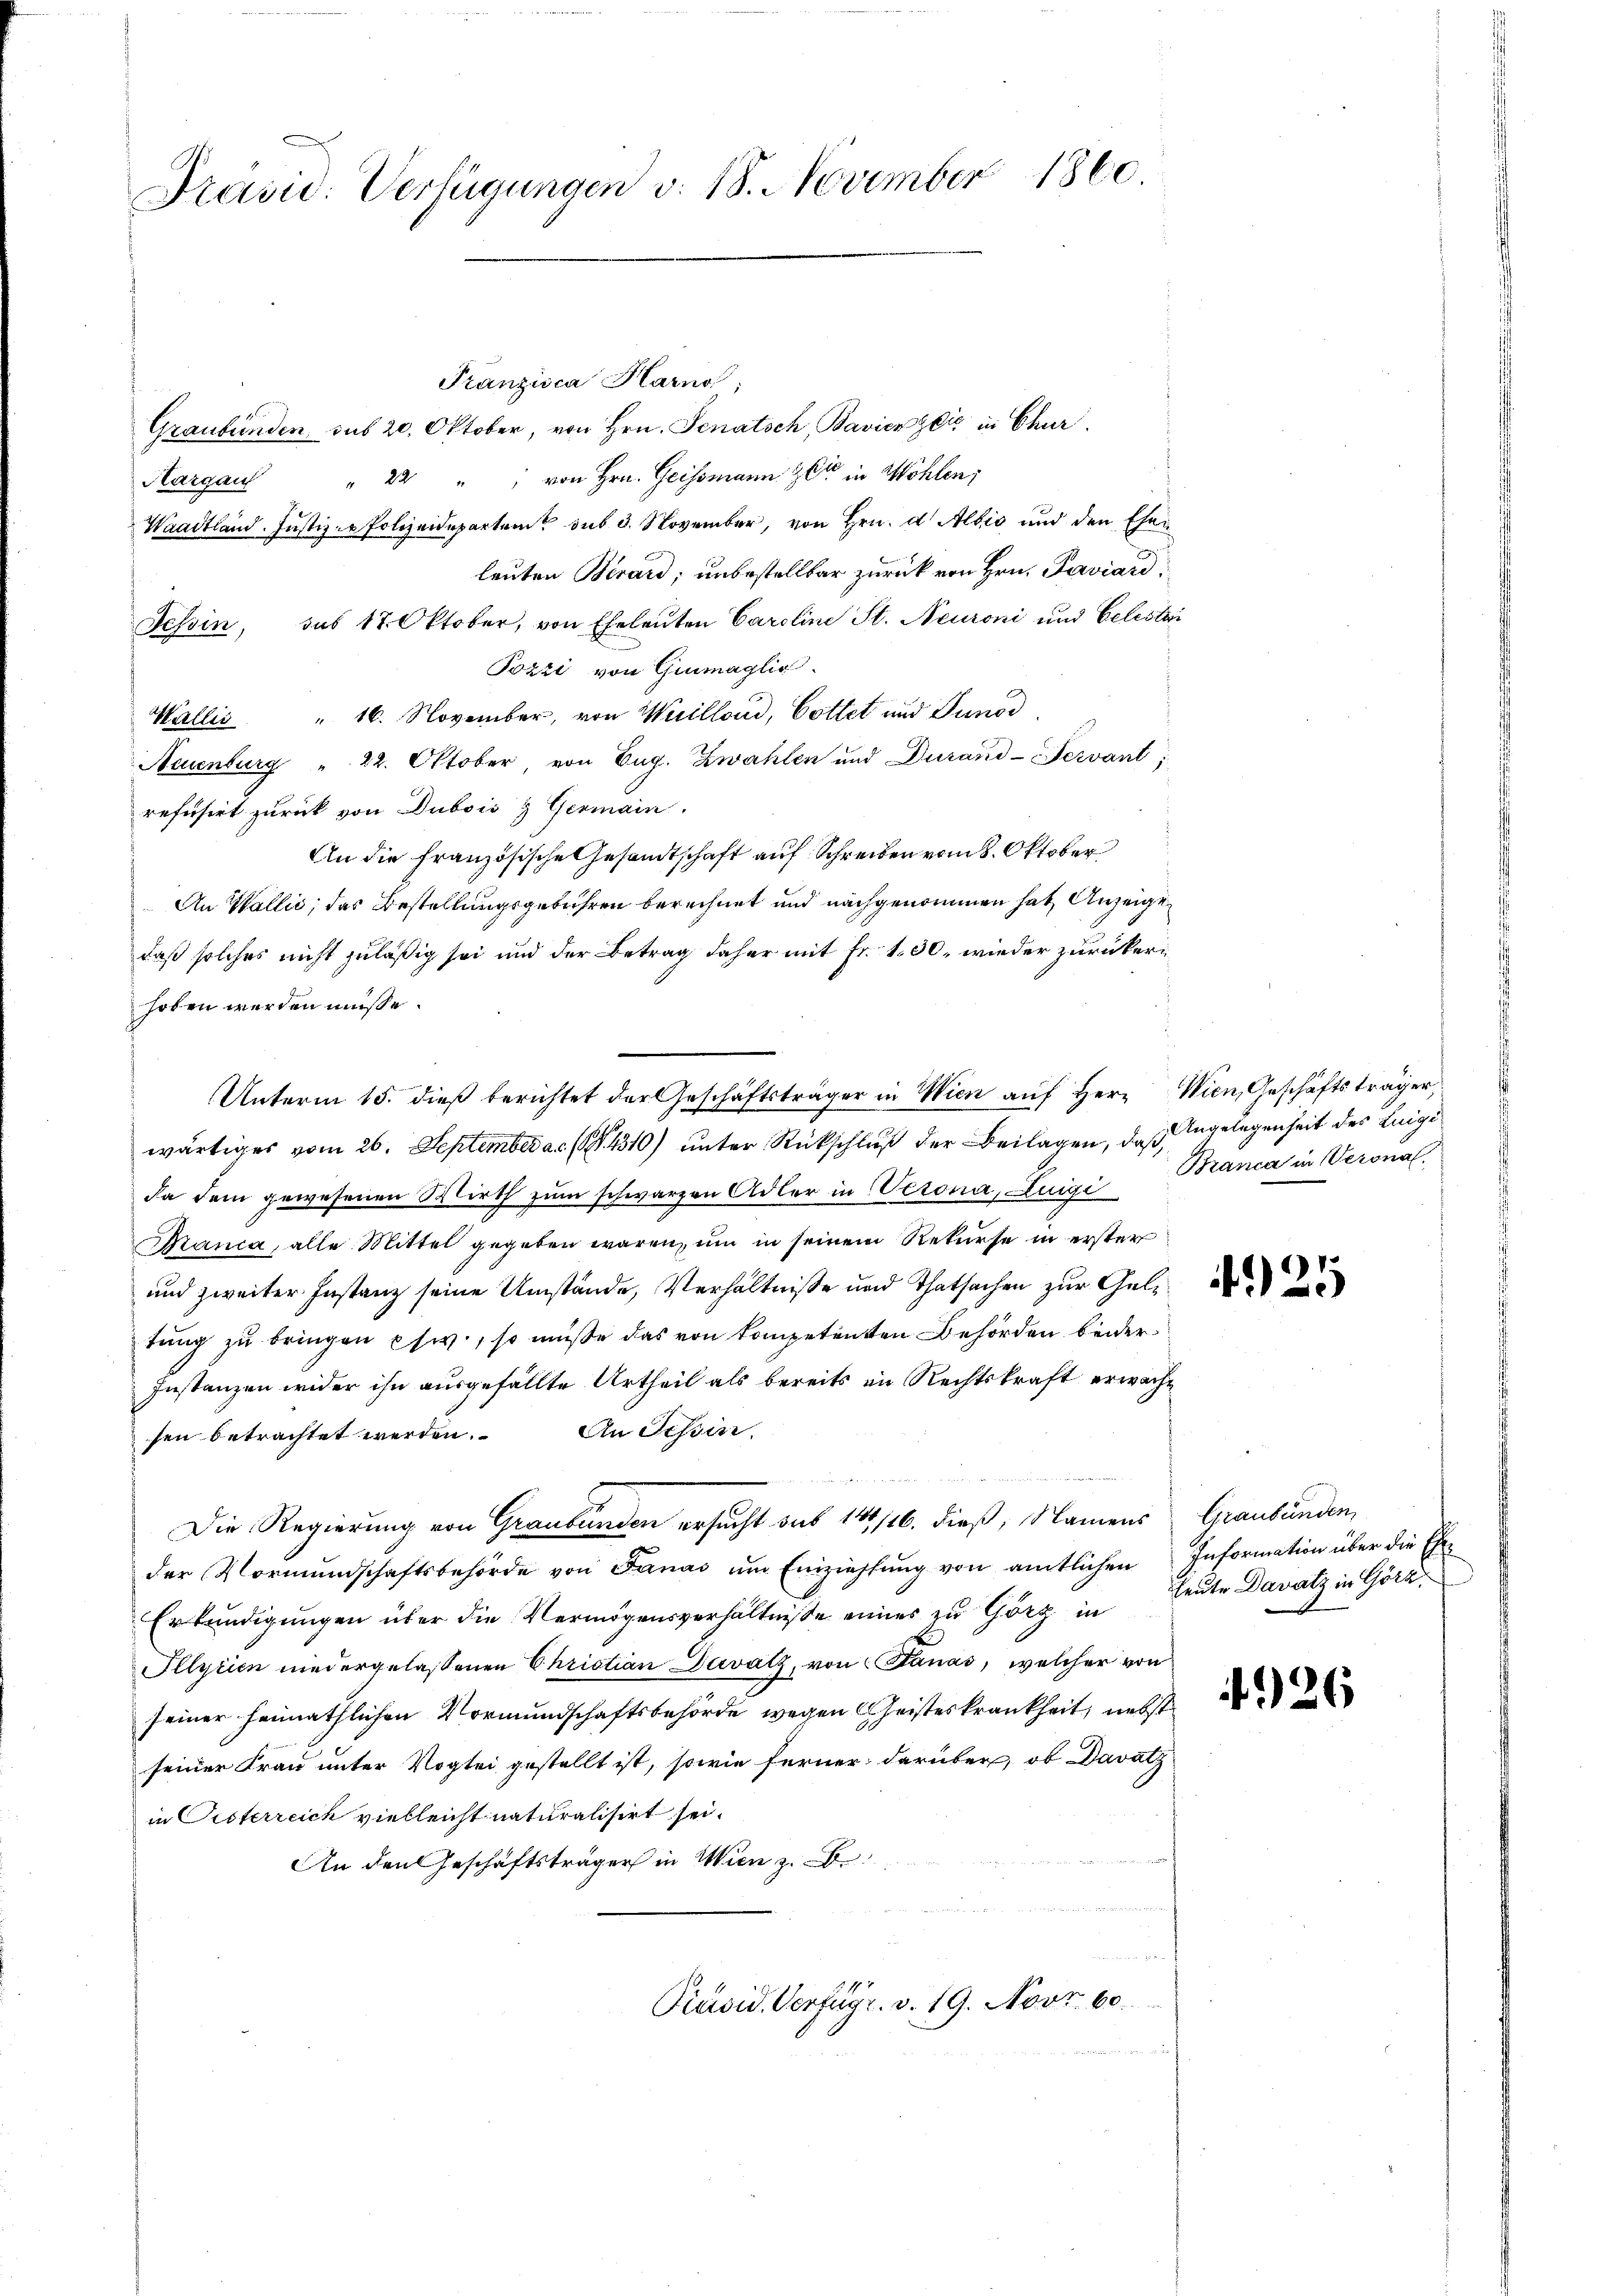
Präsid. Verfügungen v. 18. November 1860.

Franzisca Harno,
Graubünden, sub 20. Oktober, von Hrn. Senatsch, Bavierzeis in Chur
" 22 " " von Hrn. Geissmann & Cie in Wöhlen;
Aargauf
Waadtland. Justiz- & Polizeidepartem sub 3. November, von Hrn. d. Albis und den Ehen
leuten Berard; unbestellbar zurück von Hrn. Paviard¬
Tessin, das 17. Oktober, von Eheleuten Caroline St. Neuroni und Celesti
Pozzi von Gimaglic
Wallis " 16. November, von Weillond, Cottet und Junod,
Neuenburg " 22. Oktober von Eug. Zwahlen und Durand-Fervant;
refusirt zurück von Dubois & Germain
An die Französische Gesandtschaft auf Schreiben vom 8. Oktober
An Wallić, das Bestellungsgebühren berechnet und nachgenommen hat Anzeigedaß solches nicht zuläßig sei und der Betrag daher mit Fr. 130, wieder zurückeri
hoben werden müsse.
wärtiges vom 26. September a. (S. 4310) unter Rückschluß der Beilagen, daß Angelegenheit des Luigi
da dem gewesenen Wirth zum schwarzen Adler in Verona, Luigi
Bianca, alle Mittel gegeben wären, um in seinem Rekurse in erster
und zweiter Instanz seine Umstände, Verhältnisse und Thatsachen zur Geltung zu bringen usw., so müße das von kompetenten Behörden beider¬
Instanzen wider ihn ausgefällte Urtheil als bereits im Rechtskraft erwache
sen betrachtet werden. An Tessire.

Die Regierung von Graubünden ersucht sub 149/16. dieß, Namens
der Vormŭndschaftsbehörde von Janad ŭm Einziehŭng von amtlichen Information über die Ehe-
Erkundigungen über die Vermögensverhältnisse eines zu Görz in heute Davatz in Görz
Illyrien niedergelassenen Christian Davatz, von Stanas, welcher von
seiner heimathlichen Vormundschaftsbehörde wegen Geisteskrankheit, nebst
seiner Frau unter Vogtei gestellt ist, sowie ferner darüber, ob Davatz
in Cisterreich vielleicht naturalisirt sei.
An den Geschäftsträger in Wien z. B.
u
u

Unterm 15. dieß berichtet der Geschäftsträger in Wien auf Herr Wien, Geschäftsträger,

Präsid. Verfügr. v. 19. Novr 60.

Branca in Veronal.

421

Graubünden,

426